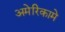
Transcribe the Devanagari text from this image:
अमेरिकामे